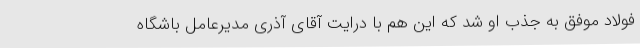
فولاد موفق به جذب او شد که این هم با درایت آقای آذری مدیرعامل باشگاه